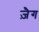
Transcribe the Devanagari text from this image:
ज़ैग